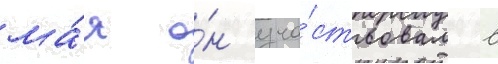
ма́я о́н уча́ствовал в